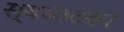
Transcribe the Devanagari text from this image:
स्वभावका